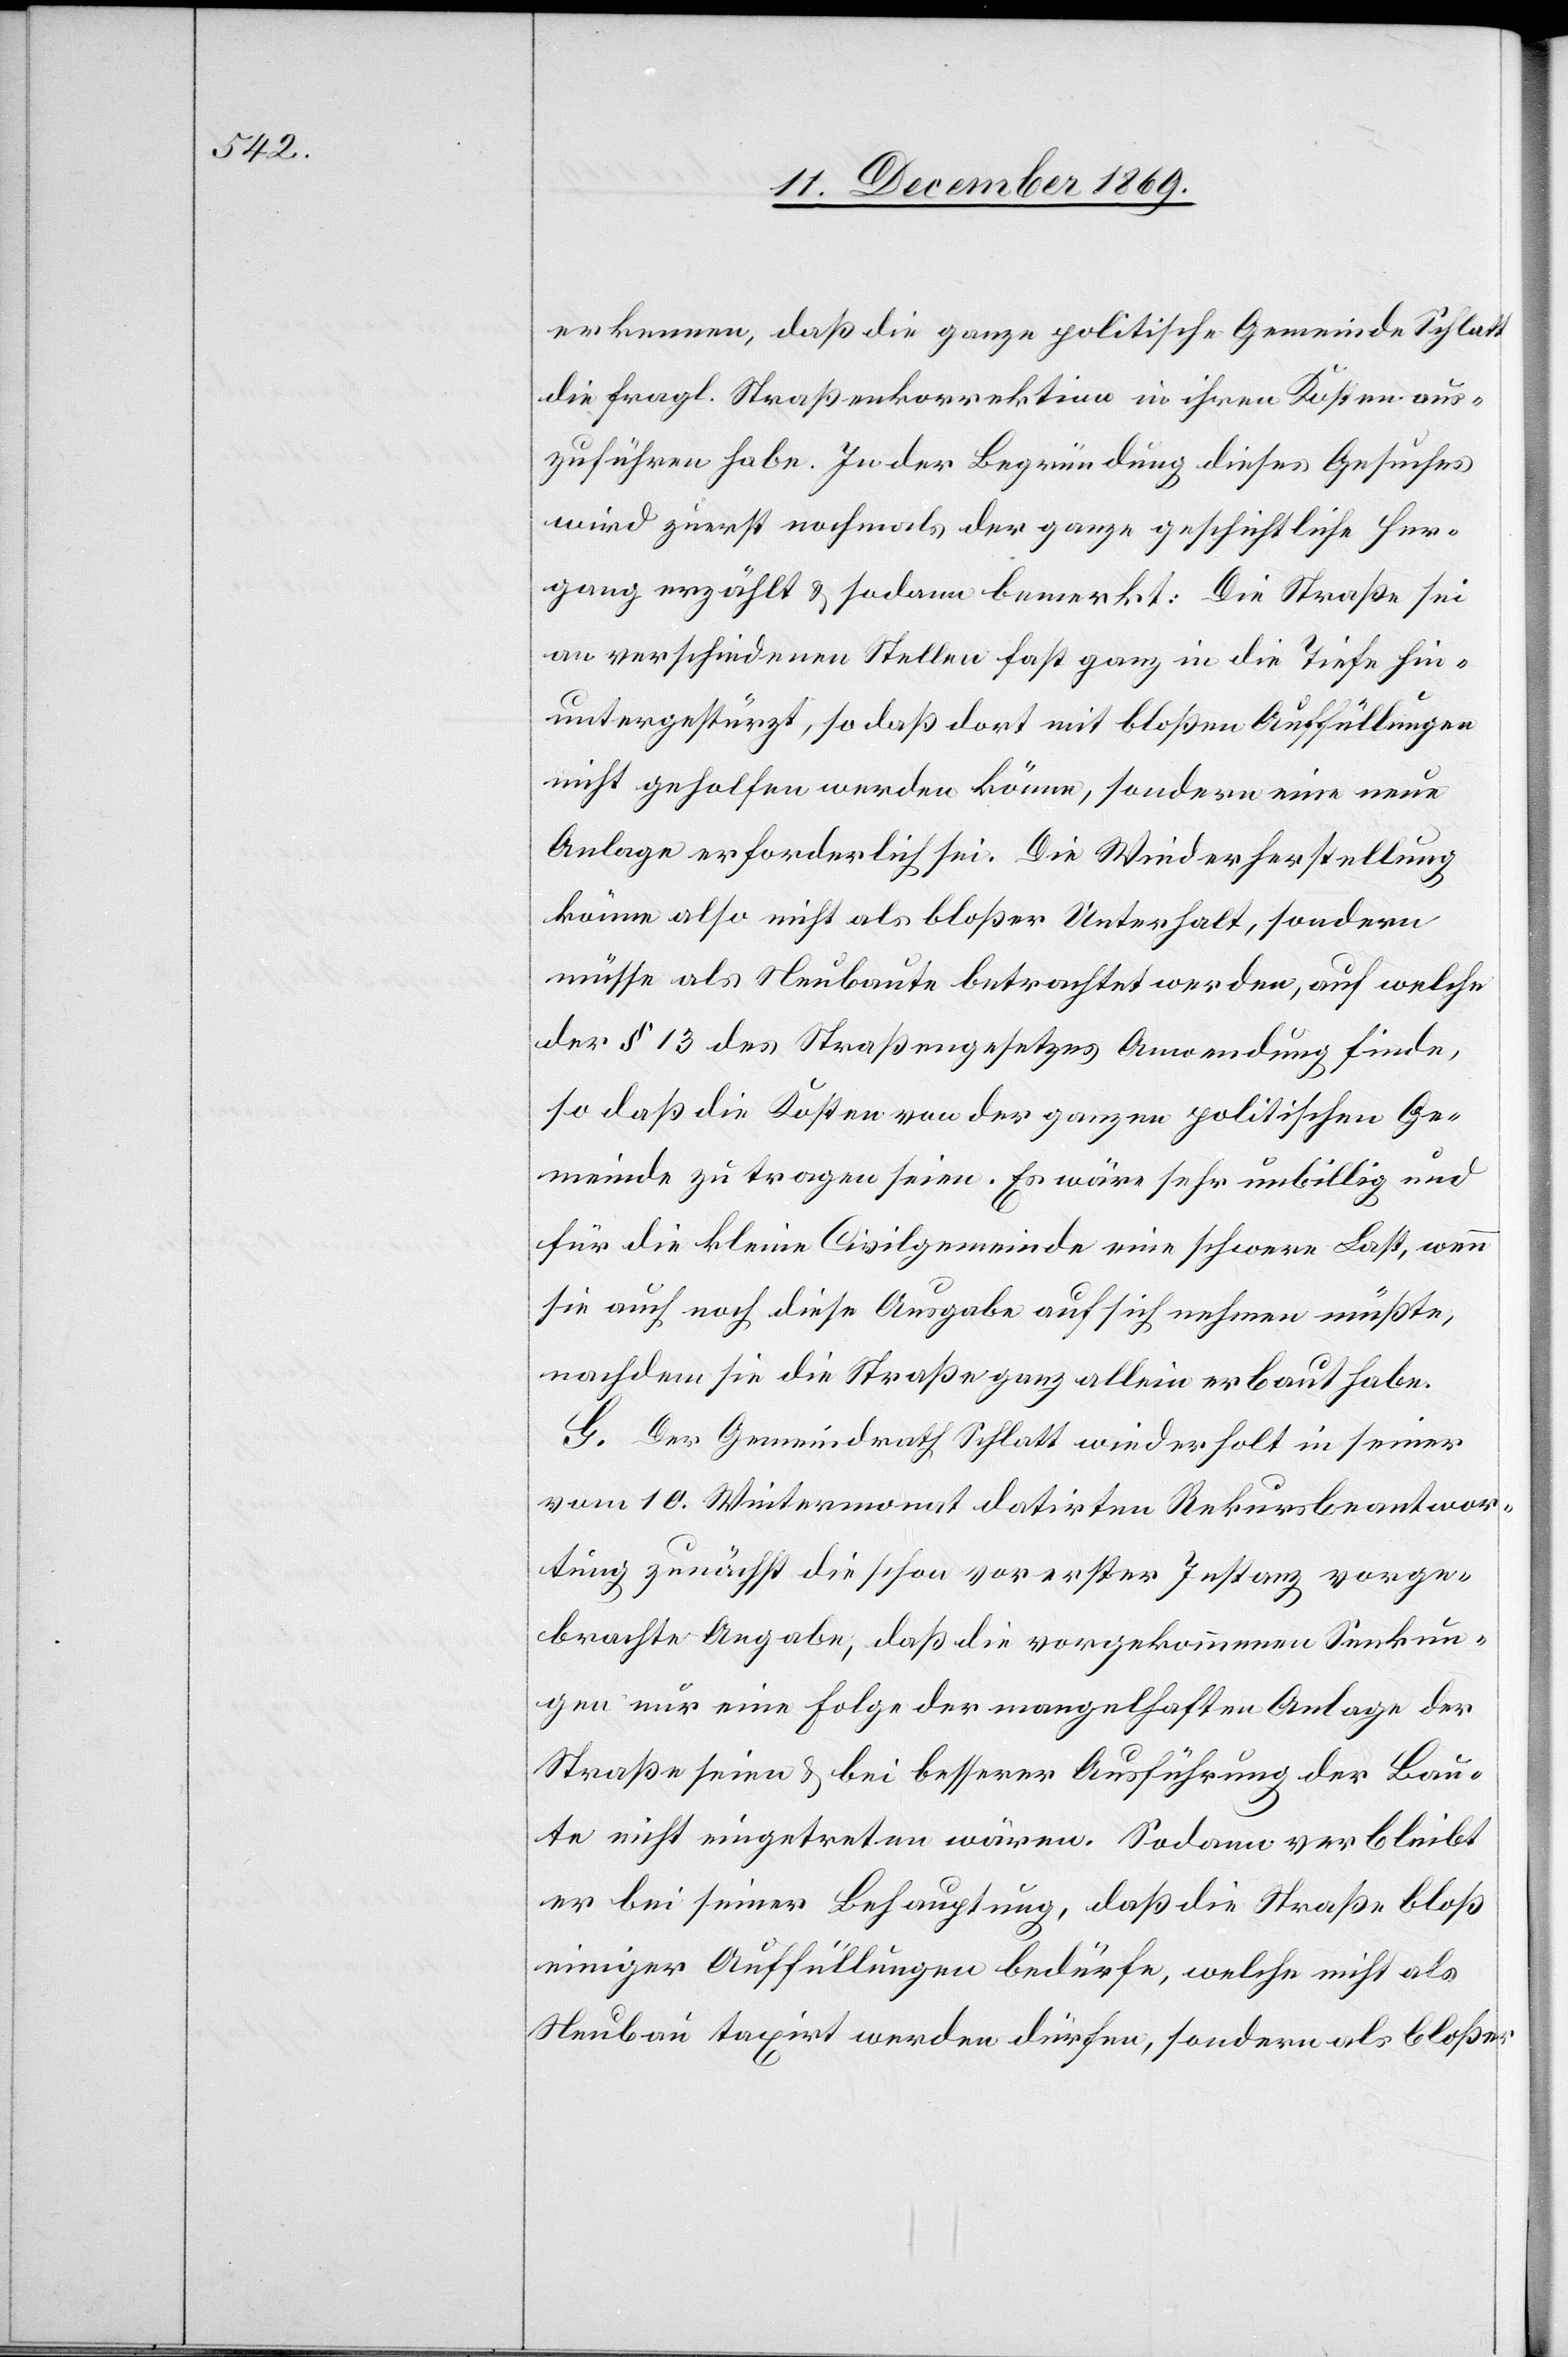
erkennen, daß die ganze politische Gemeinde Schlatt
die fragl. Straßenkorrektion in ihren Kosten aus¬
zuführen habe. In der Begründung dieses Gesuches
wird zuerst nochmals der ganze geschichtliche Her¬
gang erzählt & sodann bemerkt: Die Straße sei
an verschiedenen Stellen fast ganz in die Tiefe hin¬
untergestürzt, so daß dort mit bloßen Auffüllungen
nicht geholfen werden könne, sondern eine neue
Anlage erforderlich sei. Die Wiederherstellung
könne also nicht als bloßer Unterhalt, sondern
müsse als Neubaute betrachtet werden, auf welche
der § 13 des Straßengesetzes Anwendung finde,
so daß die Kosten von der ganzen politischen Ge¬
meinde zu tragen seien. Es wäre sehr unbillig und
für die kleine Civilgemeinde eine schwere Last, wenn
sie auch noch diese Ausgabe auf sich nehmen müßte,
nachdem sie die Straße ganz allein erbaut habe.
G. Der Gemeindrath Schlatt wiederholt in seiner
vom 10. Wintermonat datirten Rekursbeantwor¬
tung zunächst die schon vor erster Instanz vorge¬
brachte Angabe, daß die vorgekommenen Senkun¬
gen nur eine Folge der mangelhaften Anlage der
Straße seien & bei besserer Ausführung der Bau¬
te nicht eingetreten wären. Sodann verbleibt
er bei seiner Behauptung, daß die Straße bloß
einiger Auffüllungen bedürfe, welche nicht als
Neubau taxirt werden dürfen, sondern als bloßer